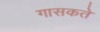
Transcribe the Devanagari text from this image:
गासकते